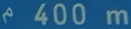
^{\wedge}400\